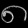
Digit: ၈